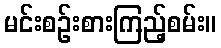
မင်းစဉ်းစားကြည့်စမ်း။